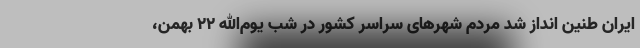
ايران طنین انداز شد مردم شهرهای سراسر کشور در شب یوم‌الله ۲۲ بهمن،